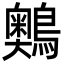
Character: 䴈